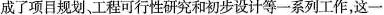
成了项目规划、工程可行性研究和初步设计等一系列工作，这一